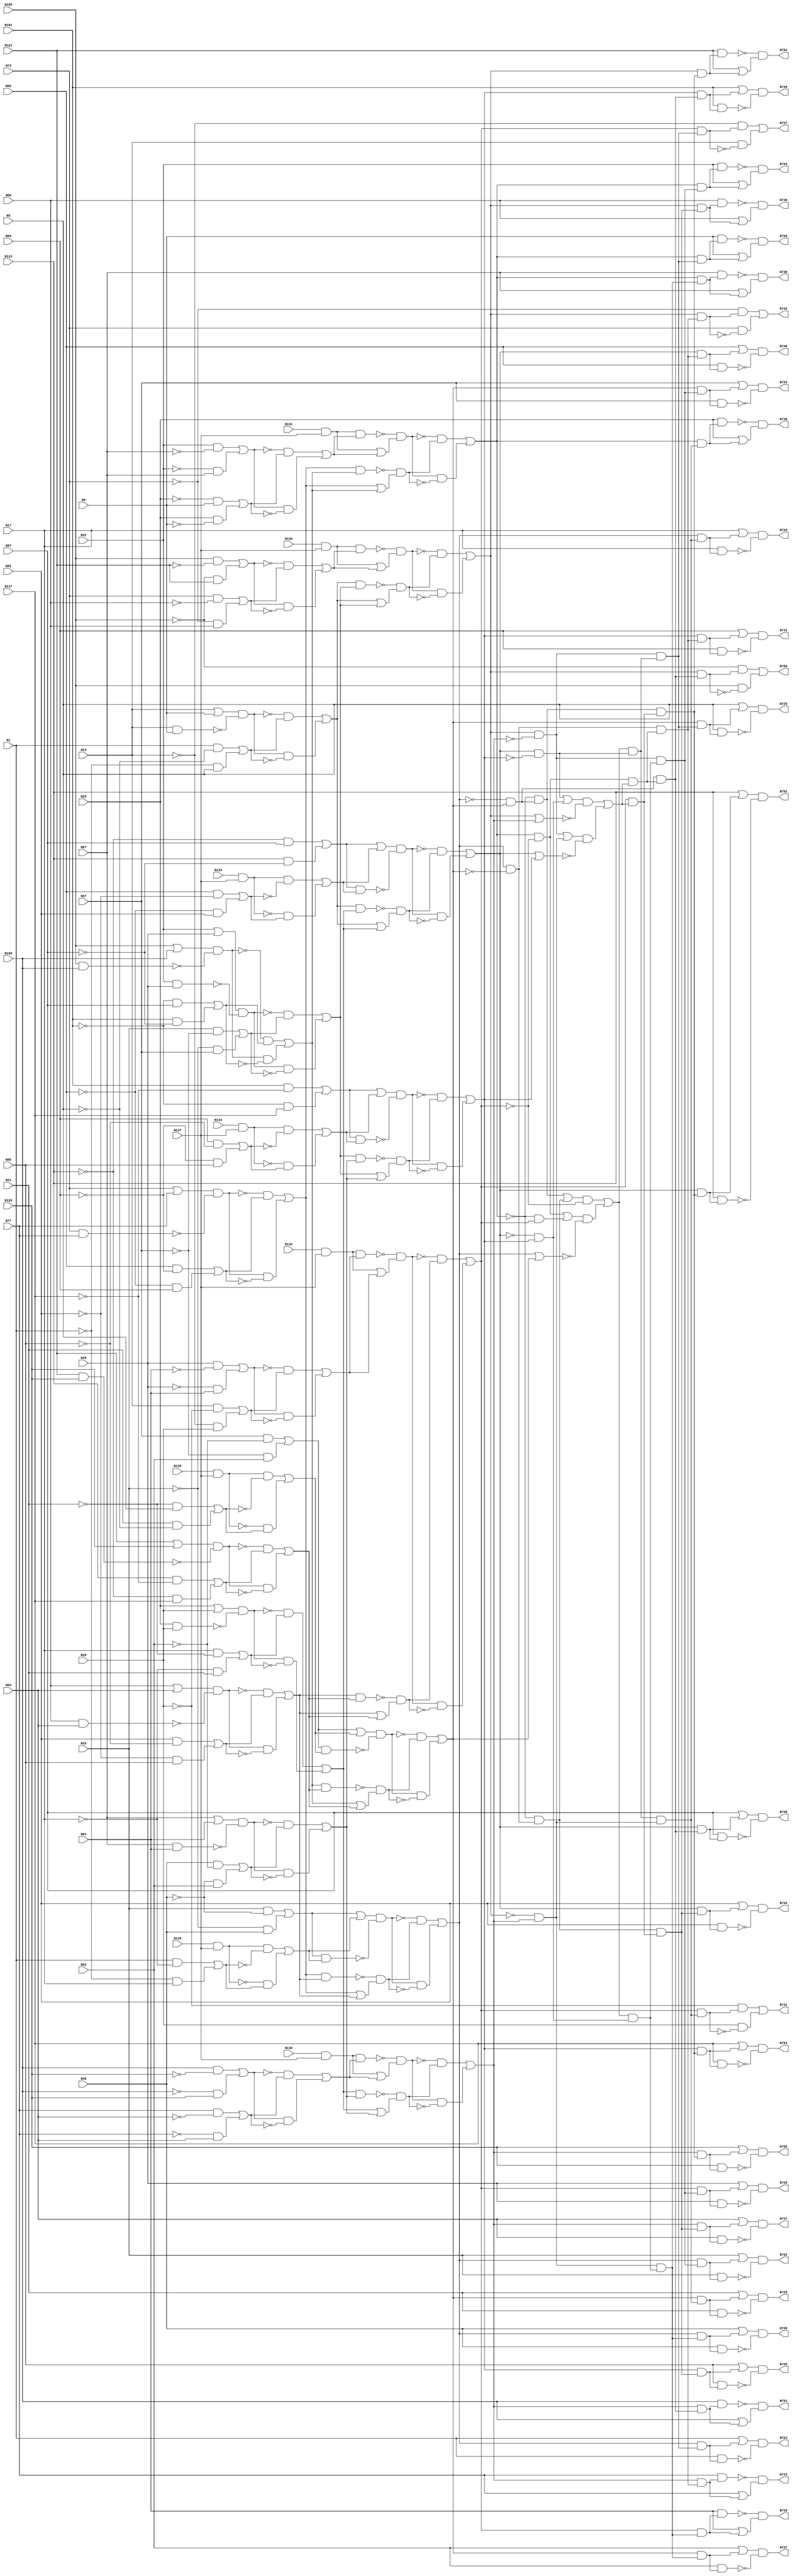
module top( N1 , N101 , N105 , N109 , N113 , N117 , N121 , N125 , N129 , N13 , N130 , N131 , N132 , N133 , N134 , N135 , N136 , N137 , N17 , N21 , N25 , N29 , N33 , N37 , N41 , N45 , N49 , N5 , N53 , N57 , N61 , N65 , N69 , N73 , N77 , N81 , N85 , N89 , N9 , N93 , N97 , N724 , N725 , N726 , N727 , N728 , N729 , N730 , N731 , N732 , N733 , N734 , N735 , N736 , N737 , N738 , N739 , N740 , N741 , N742 , N743 , N744 , N745 , N746 , N747 , N748 , N749 , N750 , N751 , N752 , N753 , N754 , N755 );
  input N1 , N101 , N105 , N109 , N113 , N117 , N121 , N125 , N129 , N13 , N130 , N131 , N132 , N133 , N134 , N135 , N136 , N137 , N17 , N21 , N25 , N29 , N33 , N37 , N41 , N45 , N49 , N5 , N53 , N57 , N61 , N65 , N69 , N73 , N77 , N81 , N85 , N89 , N9 , N93 , N97 ;
  output N724 , N725 , N726 , N727 , N728 , N729 , N730 , N731 , N732 , N733 , N734 , N735 , N736 , N737 , N738 , N739 , N740 , N741 , N742 , N743 , N744 , N745 , N746 , N747 , N748 , N749 , N750 , N751 , N752 , N753 , N754 , N755 ;
  wire n42 , n43 , n44 , n45 , n46 , n47 , n48 , n49 , n50 , n51 , n52 , n53 , n54 , n55 , n56 , n57 , n58 , n59 , n60 , n61 , n62 , n63 , n64 , n65 , n66 , n67 , n68 , n69 , n70 , n71 , n72 , n73 , n74 , n75 , n76 , n77 , n78 , n79 , n80 , n81 , n82 , n83 , n84 , n85 , n86 , n87 , n88 , n89 , n90 , n91 , n92 , n93 , n94 , n95 , n96 , n97 , n98 , n99 , n100 , n101 , n102 , n103 , n104 , n105 , n106 , n107 , n108 , n109 , n110 , n111 , n112 , n113 , n114 , n115 , n116 , n117 , n118 , n119 , n120 , n121 , n122 , n123 , n124 , n125 , n126 , n127 , n128 , n129 , n130 , n131 , n132 , n133 , n134 , n135 , n136 , n137 , n138 , n139 , n140 , n141 , n142 , n143 , n144 , n145 , n146 , n147 , n148 , n149 , n150 , n151 , n152 , n153 , n154 , n155 , n156 , n157 , n158 , n159 , n160 , n161 , n162 , n163 , n164 , n165 , n166 , n167 , n168 , n169 , n170 , n171 , n172 , n173 , n174 , n175 , n176 , n177 , n178 , n179 , n180 , n181 , n182 , n183 , n184 , n185 , n186 , n187 , n188 , n189 , n190 , n191 , n192 , n193 , n194 , n195 , n196 , n197 , n198 , n199 , n200 , n201 , n202 , n203 , n204 , n205 , n206 , n207 , n208 , n209 , n210 , n211 , n212 , n213 , n214 , n215 , n216 , n217 , n218 , n219 , n220 , n221 , n222 , n223 , n224 , n225 , n226 , n227 , n228 , n229 , n230 , n231 , n232 , n233 , n234 , n235 , n236 , n237 , n238 , n239 , n240 , n241 , n242 , n243 , n244 , n245 , n246 , n247 , n248 , n249 , n250 , n251 , n252 , n253 , n254 , n255 , n256 , n257 , n258 , n259 , n260 , n261 , n262 , n263 , n264 , n265 , n266 , n267 , n268 , n269 , n270 , n271 , n272 , n273 , n274 , n275 , n276 , n277 , n278 , n279 , n280 , n281 , n282 , n283 , n284 , n285 , n286 , n287 , n288 , n289 , n290 , n291 , n292 , n293 , n294 , n295 , n296 , n297 , n298 , n299 , n300 , n301 , n302 , n303 , n304 , n305 , n306 , n307 , n308 , n309 , n310 , n311 , n312 , n313 , n314 , n315 , n316 , n317 , n318 , n319 , n320 , n321 , n322 , n323 , n324 , n325 , n326 , n327 , n328 , n329 , n330 , n331 , n332 , n333 , n334 , n335 , n336 , n337 , n338 , n339 , n340 , n341 , n342 , n343 , n344 , n345 , n346 , n347 , n348 , n349 , n350 , n351 , n352 , n353 , n354 , n355 , n356 , n357 , n358 , n359 , n360 , n361 , n362 , n363 , n364 , n365 , n366 , n367 , n368 , n369 , n370 , n371 , n372 , n373 , n374 , n375 , n376 , n377 , n378 , n379 , n380 , n381 , n382 , n383 , n384 , n385 , n386 , n387 , n388 , n389 , n390 , n391 , n392 , n393 , n394 , n395 , n396 , n397 , n398 , n399 , n400 , n401 , n402 , n403 , n404 , n405 , n406 , n407 , n408 , n409 , n410 , n411 , n412 , n413 , n414 , n415 , n416 , n417 , n418 , n419 , n420 , n421 , n422 , n423 , n424 , n425 , n426 , n427 , n428 ;
  assign n42 = N33 & ~N49 ;
  assign n43 = ~N33 & N49 ;
  assign n44 = n42 | n43 ;
  assign n45 = N129 & N137 ;
  assign n46 = N1 & ~N17 ;
  assign n47 = ~N1 & N17 ;
  assign n48 = n46 | n47 ;
  assign n49 = n45 & ~n48 ;
  assign n50 = ~n45 & n48 ;
  assign n51 = n49 | n50 ;
  assign n52 = n44 | n51 ;
  assign n53 = n44 & n51 ;
  assign n54 = n52 & ~n53 ;
  assign n55 = N73 | N77 ;
  assign n56 = N73 & N77 ;
  assign n57 = n55 & ~n56 ;
  assign n58 = N65 & ~N69 ;
  assign n59 = ~N65 & N69 ;
  assign n60 = n58 | n59 ;
  assign n61 = ~n57 & n60 ;
  assign n62 = n57 & ~n60 ;
  assign n63 = n61 | n62 ;
  assign n64 = N89 | N93 ;
  assign n65 = N89 & N93 ;
  assign n66 = n64 & ~n65 ;
  assign n67 = N81 & ~N85 ;
  assign n68 = ~N81 & N85 ;
  assign n69 = n67 | n68 ;
  assign n70 = ~n66 & n69 ;
  assign n71 = n66 & ~n69 ;
  assign n72 = n70 | n71 ;
  assign n73 = n63 & n72 ;
  assign n74 = n63 | n72 ;
  assign n75 = ~n73 & n74 ;
  assign n76 = ~n54 & n75 ;
  assign n77 = n54 & ~n75 ;
  assign n78 = n76 | n77 ;
  assign n79 = N135 & N137 ;
  assign n80 = N105 & ~N121 ;
  assign n81 = ~N105 & N121 ;
  assign n82 = n80 | n81 ;
  assign n83 = N73 & ~N89 ;
  assign n84 = ~N73 & N89 ;
  assign n85 = n83 | n84 ;
  assign n86 = ~n82 & n85 ;
  assign n87 = n82 & ~n85 ;
  assign n88 = n86 | n87 ;
  assign n89 = n79 & n88 ;
  assign n90 = n79 | n88 ;
  assign n91 = ~n89 & n90 ;
  assign n92 = N13 | N9 ;
  assign n93 = N13 & N9 ;
  assign n94 = n92 & ~n93 ;
  assign n95 = N1 & ~N5 ;
  assign n96 = ~N1 & N5 ;
  assign n97 = n95 | n96 ;
  assign n98 = ~n94 & n97 ;
  assign n99 = n94 & ~n97 ;
  assign n100 = n98 | n99 ;
  assign n101 = N41 | N45 ;
  assign n102 = N41 & N45 ;
  assign n103 = n101 & ~n102 ;
  assign n104 = N33 & ~N37 ;
  assign n105 = ~N33 & N37 ;
  assign n106 = n104 | n105 ;
  assign n107 = ~n103 & n106 ;
  assign n108 = n103 & ~n106 ;
  assign n109 = n107 | n108 ;
  assign n110 = n100 & n109 ;
  assign n111 = n100 | n109 ;
  assign n112 = ~n110 & n111 ;
  assign n113 = ~n91 & n112 ;
  assign n114 = n91 & ~n112 ;
  assign n115 = n113 | n114 ;
  assign n116 = N136 & N137 ;
  assign n117 = N109 & ~N125 ;
  assign n118 = ~N109 & N125 ;
  assign n119 = n117 | n118 ;
  assign n120 = N77 & ~N93 ;
  assign n121 = ~N77 & N93 ;
  assign n122 = n120 | n121 ;
  assign n123 = ~n119 & n122 ;
  assign n124 = n119 & ~n122 ;
  assign n125 = n123 | n124 ;
  assign n126 = n116 & n125 ;
  assign n127 = n116 | n125 ;
  assign n128 = ~n126 & n127 ;
  assign n129 = N25 | N29 ;
  assign n130 = N25 & N29 ;
  assign n131 = n129 & ~n130 ;
  assign n132 = N17 & ~N21 ;
  assign n133 = ~N17 & N21 ;
  assign n134 = n132 | n133 ;
  assign n135 = ~n131 & n134 ;
  assign n136 = n131 & ~n134 ;
  assign n137 = n135 | n136 ;
  assign n138 = N57 | N61 ;
  assign n139 = N57 & N61 ;
  assign n140 = n138 & ~n139 ;
  assign n141 = N49 & ~N53 ;
  assign n142 = ~N49 & N53 ;
  assign n143 = n141 | n142 ;
  assign n144 = ~n140 & n143 ;
  assign n145 = n140 & ~n143 ;
  assign n146 = n144 | n145 ;
  assign n147 = n137 & n146 ;
  assign n148 = n137 | n146 ;
  assign n149 = ~n147 & n148 ;
  assign n150 = ~n128 & n149 ;
  assign n151 = n128 & ~n149 ;
  assign n152 = n150 | n151 ;
  assign n153 = n115 & ~n152 ;
  assign n154 = N131 & N137 ;
  assign n155 = N41 & ~N57 ;
  assign n156 = ~N41 & N57 ;
  assign n157 = n155 | n156 ;
  assign n158 = ~N25 & N9 ;
  assign n159 = N25 & ~N9 ;
  assign n160 = n158 | n159 ;
  assign n161 = ~n157 & n160 ;
  assign n162 = n157 & ~n160 ;
  assign n163 = n161 | n162 ;
  assign n164 = n154 & n163 ;
  assign n165 = n154 | n163 ;
  assign n166 = ~n164 & n165 ;
  assign n167 = N105 | N109 ;
  assign n168 = N105 & N109 ;
  assign n169 = n167 & ~n168 ;
  assign n170 = ~N101 & N97 ;
  assign n171 = N101 & ~N97 ;
  assign n172 = n170 | n171 ;
  assign n173 = ~n169 & n172 ;
  assign n174 = n169 & ~n172 ;
  assign n175 = n173 | n174 ;
  assign n176 = n63 & n175 ;
  assign n177 = n63 | n175 ;
  assign n178 = ~n176 & n177 ;
  assign n179 = ~n166 & n178 ;
  assign n180 = n166 & ~n178 ;
  assign n181 = n179 | n180 ;
  assign n182 = N37 & ~N53 ;
  assign n183 = ~N37 & N53 ;
  assign n184 = n182 | n183 ;
  assign n185 = N130 & N137 ;
  assign n186 = ~N21 & N5 ;
  assign n187 = N21 & ~N5 ;
  assign n188 = n186 | n187 ;
  assign n189 = n185 & ~n188 ;
  assign n190 = ~n185 & n188 ;
  assign n191 = n189 | n190 ;
  assign n192 = n184 | n191 ;
  assign n193 = n184 & n191 ;
  assign n194 = n192 & ~n193 ;
  assign n195 = N121 | N125 ;
  assign n196 = N121 & N125 ;
  assign n197 = n195 & ~n196 ;
  assign n198 = N113 & ~N117 ;
  assign n199 = ~N113 & N117 ;
  assign n200 = n198 | n199 ;
  assign n201 = ~n197 & n200 ;
  assign n202 = n197 & ~n200 ;
  assign n203 = n201 | n202 ;
  assign n204 = n175 & n203 ;
  assign n205 = n175 | n203 ;
  assign n206 = ~n204 & n205 ;
  assign n207 = ~n194 & n206 ;
  assign n208 = n194 & ~n206 ;
  assign n209 = n207 | n208 ;
  assign n210 = ~n78 & n209 ;
  assign n211 = ~n181 & n210 ;
  assign n212 = n78 & ~n209 ;
  assign n213 = ~n181 & n212 ;
  assign n214 = n211 | n213 ;
  assign n215 = N132 & N137 ;
  assign n216 = N45 & ~N61 ;
  assign n217 = ~N45 & N61 ;
  assign n218 = n216 | n217 ;
  assign n219 = N13 & ~N29 ;
  assign n220 = ~N13 & N29 ;
  assign n221 = n219 | n220 ;
  assign n222 = ~n218 & n221 ;
  assign n223 = n218 & ~n221 ;
  assign n224 = n222 | n223 ;
  assign n225 = n215 & n224 ;
  assign n226 = n215 | n224 ;
  assign n227 = ~n225 & n226 ;
  assign n228 = n72 & n203 ;
  assign n229 = n72 | n203 ;
  assign n230 = ~n228 & n229 ;
  assign n231 = ~n227 & n230 ;
  assign n232 = n227 & ~n230 ;
  assign n233 = n231 | n232 ;
  assign n234 = n214 & ~n233 ;
  assign n235 = n181 & ~n233 ;
  assign n236 = ~n181 & n233 ;
  assign n237 = n235 | n236 ;
  assign n238 = n78 | n209 ;
  assign n239 = n237 & ~n238 ;
  assign n240 = n234 | n239 ;
  assign n241 = ~N113 & N97 ;
  assign n242 = N113 & ~N97 ;
  assign n243 = n241 | n242 ;
  assign n244 = N133 & N137 ;
  assign n245 = N65 & ~N81 ;
  assign n246 = ~N65 & N81 ;
  assign n247 = n245 | n246 ;
  assign n248 = n244 & ~n247 ;
  assign n249 = ~n244 & n247 ;
  assign n250 = n248 | n249 ;
  assign n251 = n243 | n250 ;
  assign n252 = n243 & n250 ;
  assign n253 = n251 & ~n252 ;
  assign n254 = n100 & n137 ;
  assign n255 = n100 | n137 ;
  assign n256 = ~n254 & n255 ;
  assign n257 = ~n253 & n256 ;
  assign n258 = n253 & ~n256 ;
  assign n259 = n257 | n258 ;
  assign n260 = N101 & ~N117 ;
  assign n261 = ~N101 & N117 ;
  assign n262 = n260 | n261 ;
  assign n263 = N134 & N137 ;
  assign n264 = N69 & ~N85 ;
  assign n265 = ~N69 & N85 ;
  assign n266 = n264 | n265 ;
  assign n267 = n263 & ~n266 ;
  assign n268 = ~n263 & n266 ;
  assign n269 = n267 | n268 ;
  assign n270 = n262 | n269 ;
  assign n271 = n262 & n269 ;
  assign n272 = n270 & ~n271 ;
  assign n273 = n109 & n146 ;
  assign n274 = n109 | n146 ;
  assign n275 = ~n273 & n274 ;
  assign n276 = ~n272 & n275 ;
  assign n277 = n272 & ~n275 ;
  assign n278 = n276 | n277 ;
  assign n279 = n259 & ~n278 ;
  assign n280 = n240 & n279 ;
  assign n281 = n153 & n280 ;
  assign n282 = n78 & n281 ;
  assign n283 = N1 | n282 ;
  assign n284 = N1 & n282 ;
  assign n285 = n283 & ~n284 ;
  assign n286 = n209 & n281 ;
  assign n287 = N5 | n286 ;
  assign n288 = N5 & n286 ;
  assign n289 = n287 & ~n288 ;
  assign n290 = n181 & n281 ;
  assign n291 = N9 & n290 ;
  assign n292 = N9 | n290 ;
  assign n293 = ~n291 & n292 ;
  assign n294 = n233 & n281 ;
  assign n295 = ~N13 & n294 ;
  assign n296 = N13 & ~n294 ;
  assign n297 = n295 | n296 ;
  assign n298 = ~n115 & n152 ;
  assign n299 = n280 & n298 ;
  assign n300 = n78 & n299 ;
  assign n301 = N17 | n300 ;
  assign n302 = N17 & n300 ;
  assign n303 = n301 & ~n302 ;
  assign n304 = n209 & n299 ;
  assign n305 = N21 | n304 ;
  assign n306 = N21 & n304 ;
  assign n307 = n305 & ~n306 ;
  assign n308 = n181 & n299 ;
  assign n309 = N25 & n308 ;
  assign n310 = N25 | n308 ;
  assign n311 = ~n309 & n310 ;
  assign n312 = n233 & n299 ;
  assign n313 = ~N29 & n312 ;
  assign n314 = N29 & ~n312 ;
  assign n315 = n313 | n314 ;
  assign n316 = ~n259 & n278 ;
  assign n317 = n240 & n316 ;
  assign n318 = n153 & n317 ;
  assign n319 = n78 & n318 ;
  assign n320 = N33 | n319 ;
  assign n321 = N33 & n319 ;
  assign n322 = n320 & ~n321 ;
  assign n323 = n209 & n318 ;
  assign n324 = N37 | n323 ;
  assign n325 = N37 & n323 ;
  assign n326 = n324 & ~n325 ;
  assign n327 = n181 & n318 ;
  assign n328 = N41 & n327 ;
  assign n329 = N41 | n327 ;
  assign n330 = ~n328 & n329 ;
  assign n331 = n233 & n318 ;
  assign n332 = N45 | n331 ;
  assign n333 = N45 & n331 ;
  assign n334 = n332 & ~n333 ;
  assign n335 = n298 & n317 ;
  assign n336 = n78 & n335 ;
  assign n337 = N49 | n336 ;
  assign n338 = N49 & n336 ;
  assign n339 = n337 & ~n338 ;
  assign n340 = n209 & n335 ;
  assign n341 = N53 | n340 ;
  assign n342 = N53 & n340 ;
  assign n343 = n341 & ~n342 ;
  assign n344 = n181 & n335 ;
  assign n345 = N57 & n344 ;
  assign n346 = N57 | n344 ;
  assign n347 = ~n345 & n346 ;
  assign n348 = n233 & n335 ;
  assign n349 = N61 & n348 ;
  assign n350 = N61 | n348 ;
  assign n351 = ~n349 & n350 ;
  assign n352 = n279 | n316 ;
  assign n353 = n115 | n152 ;
  assign n354 = n352 & ~n353 ;
  assign n355 = n153 | n298 ;
  assign n356 = n259 | n278 ;
  assign n357 = n355 & ~n356 ;
  assign n358 = n354 | n357 ;
  assign n359 = n235 & n358 ;
  assign n360 = n212 & n359 ;
  assign n361 = n259 & n360 ;
  assign n362 = N65 | n361 ;
  assign n363 = N65 & n361 ;
  assign n364 = n362 & ~n363 ;
  assign n365 = n278 & n360 ;
  assign n366 = N69 | n365 ;
  assign n367 = N69 & n365 ;
  assign n368 = n366 & ~n367 ;
  assign n369 = n115 & n360 ;
  assign n370 = ~N73 & n369 ;
  assign n371 = N73 & ~n369 ;
  assign n372 = n370 | n371 ;
  assign n373 = n152 & n360 ;
  assign n374 = N77 & n373 ;
  assign n375 = N77 | n373 ;
  assign n376 = ~n374 & n375 ;
  assign n377 = n233 & n358 ;
  assign n378 = n213 & n377 ;
  assign n379 = n259 & n378 ;
  assign n380 = N81 | n379 ;
  assign n381 = N81 & n379 ;
  assign n382 = n380 & ~n381 ;
  assign n383 = n278 & n378 ;
  assign n384 = N85 | n383 ;
  assign n385 = N85 & n383 ;
  assign n386 = n384 & ~n385 ;
  assign n387 = n115 & n378 ;
  assign n388 = N89 & n387 ;
  assign n389 = N89 | n387 ;
  assign n390 = ~n388 & n389 ;
  assign n391 = n152 & n378 ;
  assign n392 = N93 | n391 ;
  assign n393 = N93 & n391 ;
  assign n394 = n392 & ~n393 ;
  assign n395 = n210 & n359 ;
  assign n396 = n259 & n395 ;
  assign n397 = N97 | n396 ;
  assign n398 = N97 & n396 ;
  assign n399 = n397 & ~n398 ;
  assign n400 = n278 & n395 ;
  assign n401 = N101 | n400 ;
  assign n402 = N101 & n400 ;
  assign n403 = n401 & ~n402 ;
  assign n404 = n115 & n395 ;
  assign n405 = ~N105 & n404 ;
  assign n406 = N105 & ~n404 ;
  assign n407 = n405 | n406 ;
  assign n408 = n152 & n395 ;
  assign n409 = N109 & n408 ;
  assign n410 = N109 | n408 ;
  assign n411 = ~n409 & n410 ;
  assign n412 = n211 & n377 ;
  assign n413 = n259 & n412 ;
  assign n414 = N113 | n413 ;
  assign n415 = N113 & n413 ;
  assign n416 = n414 & ~n415 ;
  assign n417 = n278 & n412 ;
  assign n418 = N117 | n417 ;
  assign n419 = N117 & n417 ;
  assign n420 = n418 & ~n419 ;
  assign n421 = n115 & n412 ;
  assign n422 = N121 & n421 ;
  assign n423 = N121 | n421 ;
  assign n424 = ~n422 & n423 ;
  assign n425 = n152 & n412 ;
  assign n426 = N125 | n425 ;
  assign n427 = N125 & n425 ;
  assign n428 = n426 & ~n427 ;
  assign N724 = n285 ;
  assign N725 = n289 ;
  assign N726 = n293 ;
  assign N727 = n297 ;
  assign N728 = n303 ;
  assign N729 = n307 ;
  assign N730 = n311 ;
  assign N731 = n315 ;
  assign N732 = n322 ;
  assign N733 = n326 ;
  assign N734 = n330 ;
  assign N735 = n334 ;
  assign N736 = n339 ;
  assign N737 = n343 ;
  assign N738 = n347 ;
  assign N739 = n351 ;
  assign N740 = n364 ;
  assign N741 = n368 ;
  assign N742 = n372 ;
  assign N743 = n376 ;
  assign N744 = n382 ;
  assign N745 = n386 ;
  assign N746 = n390 ;
  assign N747 = n394 ;
  assign N748 = n399 ;
  assign N749 = n403 ;
  assign N750 = n407 ;
  assign N751 = n411 ;
  assign N752 = n416 ;
  assign N753 = n420 ;
  assign N754 = n424 ;
  assign N755 = n428 ;
endmodule